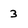
Character: 3